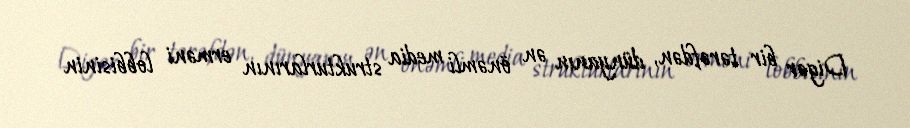
Digər bir tərəfdən, dünyanın ən önəmli media strukturlarının erməni lobbisinin